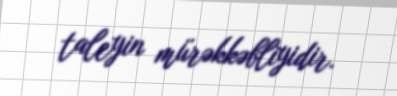
taleyin mürəkkəbliyidir.